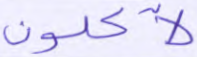
لآكلون